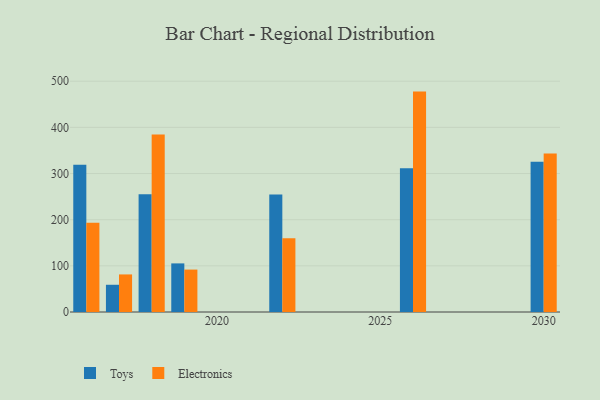
{"axis": {"x": "Year", "y": "Conversion Rate (%)"}, "legend": ["Electronics", "Toys"], "data": [{"x": "2026", "y": 311.3, "type": "Toys"}, {"x": "2026", "y": 477.5, "type": "Electronics"}, {"x": "2022", "y": 254.8, "type": "Toys"}, {"x": "2022", "y": 159.8, "type": "Electronics"}, {"x": "2030", "y": 325.3, "type": "Toys"}, {"x": "2030", "y": 343.6, "type": "Electronics"}, {"x": "2016", "y": 319.1, "type": "Toys"}, {"x": "2016", "y": 193.6, "type": "Electronics"}, {"x": "2017", "y": 59.0, "type": "Toys"}, {"x": "2017", "y": 81.4, "type": "Electronics"}, {"x": "2018", "y": 254.9, "type": "Toys"}, {"x": "2018", "y": 384.6, "type": "Electronics"}, {"x": "2019", "y": 105.3, "type": "Toys"}, {"x": "2019", "y": 91.9, "type": "Electronics"}]}